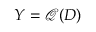
\boldsymbol { Y } = \boldsymbol { \mathcal { Q } } ( \boldsymbol { D } )